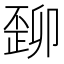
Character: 𬆆